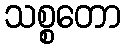
သစ္စတော